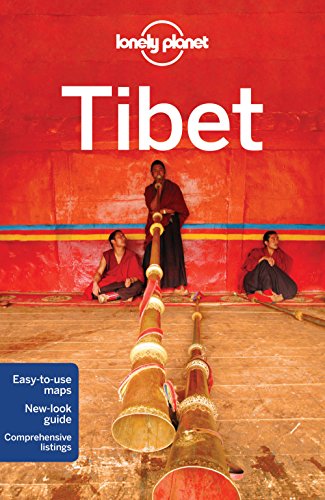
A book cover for Lonely Planet Tibet (Travel Guide); Lonely Planet; Sports & Outdoors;